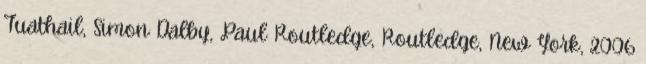
Tuathail, Simon Dalby, Paul Routledge, Routledge, New York, 2006